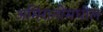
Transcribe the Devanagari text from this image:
अमिरातींमधील